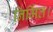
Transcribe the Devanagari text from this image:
निर्मित।